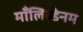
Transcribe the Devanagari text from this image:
माँलिब्डेनम